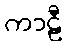
ကာဠီ